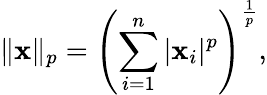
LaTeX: \| \mathbf{x}\| _{p}=\left(\sum_{i=1}^{n}|\mathbf{x}_{i}|^{p}\right)^{\frac{{1}}{{p}}},